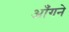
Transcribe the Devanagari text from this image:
आँगने